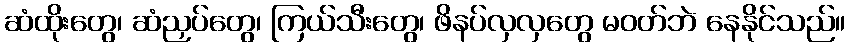
ဆံထိုးတွေ၊ ဆံညှပ်တွေ၊ ကြယ်သီးတွေ၊ ဖိနပ်လှလှတွေ မဝတ်ဘဲ နေနိုင်သည်။